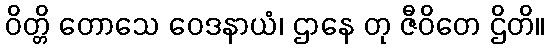
ဝိတ္တိ တောသေ ဝေဒနာယံ၊ ဌာနေ တု ဇီဝိတေ ဌိတိ။